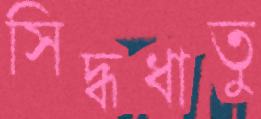
সিদ্ধধাতু